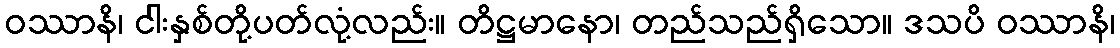
ဝဿာနိ၊ ငါးနှစ်တို့ပတ်လုံ့လည်း။ တိဋ္ဌမာနော၊ တည်သည်ရှိသော။ ဒသပိ ဝဿာနိ၊